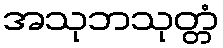
အသုဘသုတ္တံ